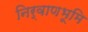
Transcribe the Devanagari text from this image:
निर्वाणभूमि